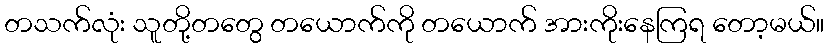
တသက်လုံး သူတို့တတွေ တယောက်ကို တယောက် အားကိုးနေကြရ တော့မယ်။